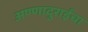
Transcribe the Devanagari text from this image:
अण्णादुराईंचा